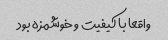
واقعا با کیفیت و خوشمزه بود